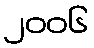
၂၀၀၆